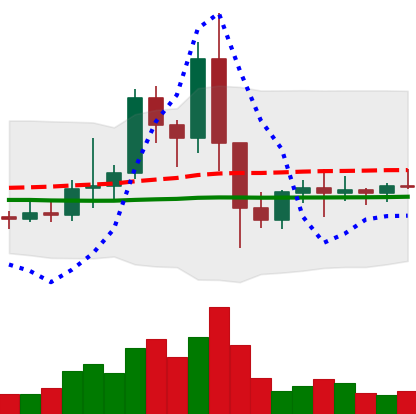
Ticker: EOS-USD
Chart end date: 2021-01-19
Forward return: -3.178%
Label: down_3_5